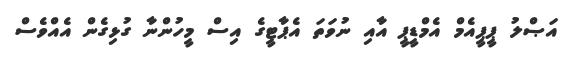
އަޞްލު ޕީޕީއެމް އެމްޑީޕީ އާއި ނުވަތަ އެޕާޓީގެ އިސް މީހުންނާ ގުޅިގެން އެއްވެސް